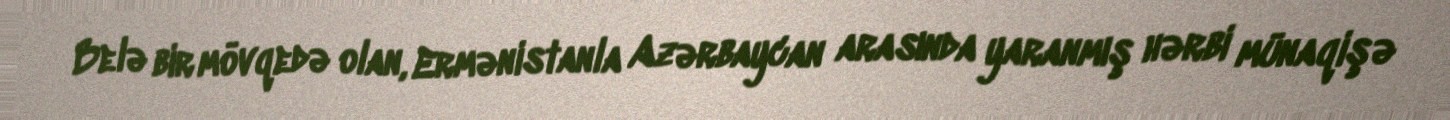
Belə bir mövqedə olan, Ermənistanla Azərbaycan arasında yaranmış hərbi münaqişə